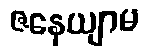
ဇနေယျာမ